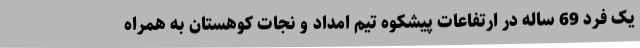
یک فرد 69 ساله در ارتفاعات پیشکوه تیم امداد و نجات کوهستان به همراه